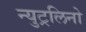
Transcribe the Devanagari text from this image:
न्युट्रलिनो